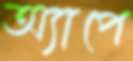
অ্যাপে